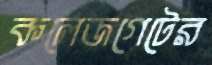
কলেজগেটের